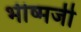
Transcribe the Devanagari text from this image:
भीष्मजी